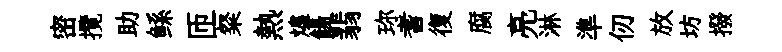
密攬助鲧匝粲熱燼餳翡珎耆復腐亮淋準仞放坊撥